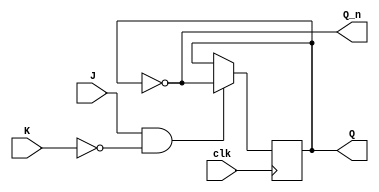
module jk_ff_negedge (
    input wire J, K, clk,
    output reg Q, Q_n
);

reg Q_next;

always @(negedge clk) begin
    if(J & ~K) begin // toggle mode
        Q_next <= ~Q;
    end else if(J & ~K) begin // reset-set mode
        Q_next <= J;
    end else begin
        Q_next <= Q;
    end
end

assign Q = Q_next;
assign Q_n = ~Q;

endmodule